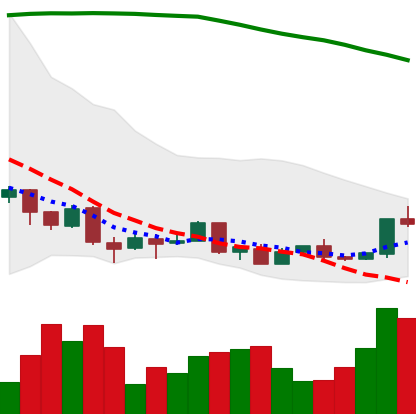
Ticker: XMR-USD
Chart end date: 2018-04-13
Forward return: 20.903%
Label: up_7plus